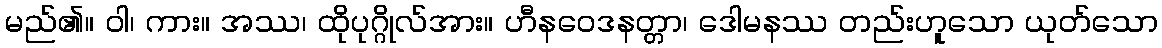
မည်၏။ ဝါ၊ ကား။ အဿ၊ ထိုပုဂ္ဂိုလ်အား။ ဟီနဝေဒနတ္တာ၊ ဒေါမနဿ တည်းဟူသော ယုတ်သော